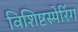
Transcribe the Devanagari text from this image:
विशिष्टस्पेरिंग